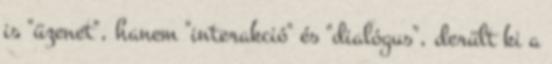
is "üzenet", hanem "interakció" és "dialógus", derült ki a